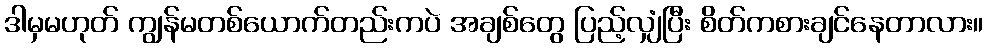
ဒါမှမဟုတ် ကျွန်မတစ်ယောက်တည်းကပဲ အချစ်တွေ ပြည့်လျှံပြီး စိတ်ကစားချင်နေတာလား။